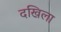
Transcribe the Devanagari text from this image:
दखिला